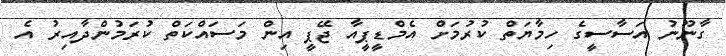
ގާނޫނު އަސާސީގެ ހިމާޔަތް ކުރުމަށް އެމްޑީޕީއާ ޖޭޕީ އިން މަސައްކަތް ކުރަމުންދާއިރު އެ